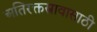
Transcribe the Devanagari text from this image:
अतिरक्तस्रावासाठी